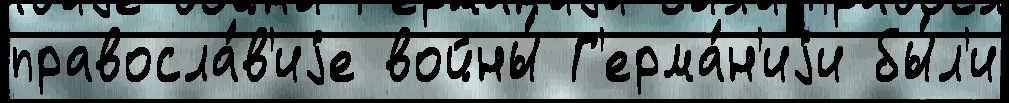
правосла́в'иjе войны́ Г'ерма́н'иjи бы́л'и